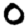
Digit: 0